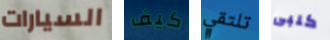
السيارات كيف تلتقي كلبى